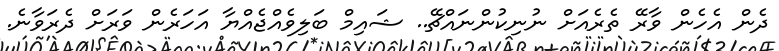
ދެން އެހެން ވާރޭ ތެރެއަށް ނުނިކުންނައްޗޭ.. ޝައިމް ބަލިވެއްޖެއްޔާ އަހަރެން ވަރަށް ދެރަވާނެ.